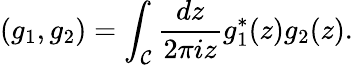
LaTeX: (g_{1},g_{2})=\int_{\cal C}\frac{dz}{2\pi iz}g_{1}^{*}(z)g_{2}(z).